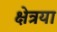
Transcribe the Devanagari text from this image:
क्षेत्रया